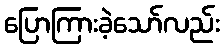
ပြောကြားခဲ့သော်လည်း